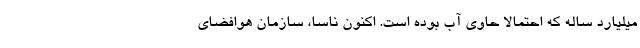
میلیارد ساله که احتمالا حاوی آب بوده است. اکنون ناسا، سازمان هوافضای